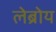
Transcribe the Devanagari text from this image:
लेब्रोय